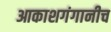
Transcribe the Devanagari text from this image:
आकाशगंगानीच